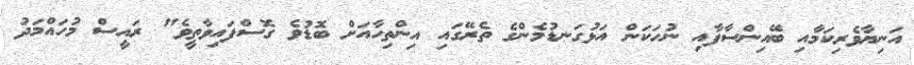
އަނިޔާވެރިކަމާއި ބޭއިންސާފާއި ނުހަކަން އަޅުގަނޑުމެންގެ ތެރޭގައި އިންތިހާއަށް ބޮޑުވެ ގޮސްފައިވާތީވެ" ރައީސް މުހައްމަދު